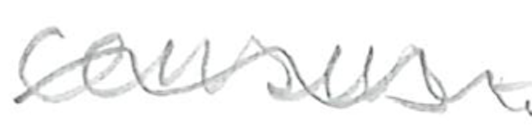
Text: census-
Cross-out: wave
Writing tool: pencil